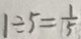
1 \div 5 = \frac { 1 } { 5 }